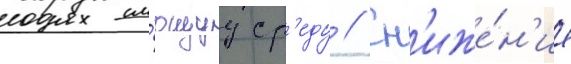
окружа́ющуу ср'еду // Сн'иже́н'ие